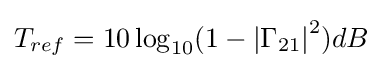
T_{ref}=10\log _{10}(1-\left|\Gamma _{21}\right|^{2})dB